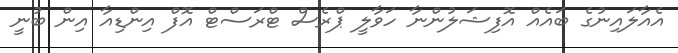
އެއާލައިނުގެ ބައެއް އޮފިޝަލުންނާ ހަވާލީ ޕްރެސް ޓްރަސްޓް އޮފް އިންޑިއާ އިން ބުނީ